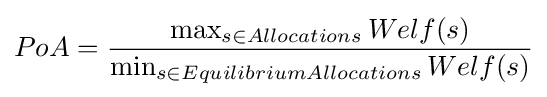
PoA={\frac {\max _{s\in Allocations}Welf(s)}{\min _{s\in EquilibriumAllocations}Welf(s)}}